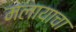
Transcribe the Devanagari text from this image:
मलायाचा